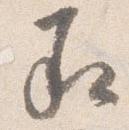
承